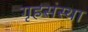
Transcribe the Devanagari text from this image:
गृहसंस्था